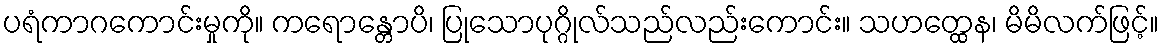
ပရံကာဂကောင်းမှုကို။ ကရောန္တောပိ၊ ပြုသောပုဂ္ဂိုလ်သည်လည်းကောင်း။ သဟတ္ထေန၊ မိမိလက်ဖြင့်။